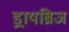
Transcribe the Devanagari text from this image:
ड्रायब्रिज